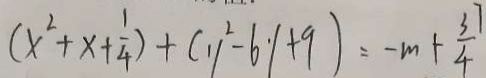
( x ^ { 2 } + x + \frac { 1 } { 4 } ) + ( y ^ { 2 } - 6 y + 9 ) = - m + \frac { 3 7 } { 4 }